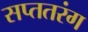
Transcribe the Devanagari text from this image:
सप्ततरंग